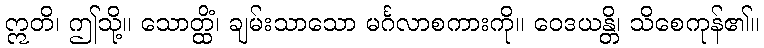
ဣတိ၊ ဤသို့။ သောတ္ထိံ၊ ချမ်းသာသော မင်္ဂလာစကားကို။ ဝေဒယန္တိ၊ သိစေကုန်၏။